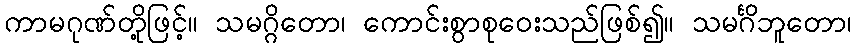
ကာမဂုဏ်တို့ဖြင့်။ သမဂ္ဂိတော၊ ကောင်းစွာစုဝေးသည်ဖြစ်၍။ သမင်္ဂိဘူတော၊